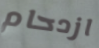
ازدحام